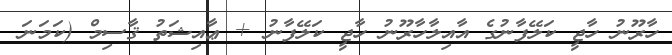
ހާރޫނު ހާޖީ ކަލޭފާނުގެ އާއިލާހާރޫނު ހާޖީ ކަލޭފާނު + ޢާއިޝަތު ޤާސިމް (ކަމަނަ